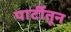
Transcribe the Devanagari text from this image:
पार्टीतून